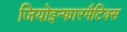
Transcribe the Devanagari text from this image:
जियोइन्फारमैटिक्स